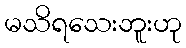
မသိရသေးဘူးဟု